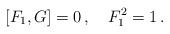
LaTeX: \begin{align*}\left[F_1,G\right] =0\,,\quad F_1^2=1\,.\end{align*}